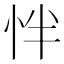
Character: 怑